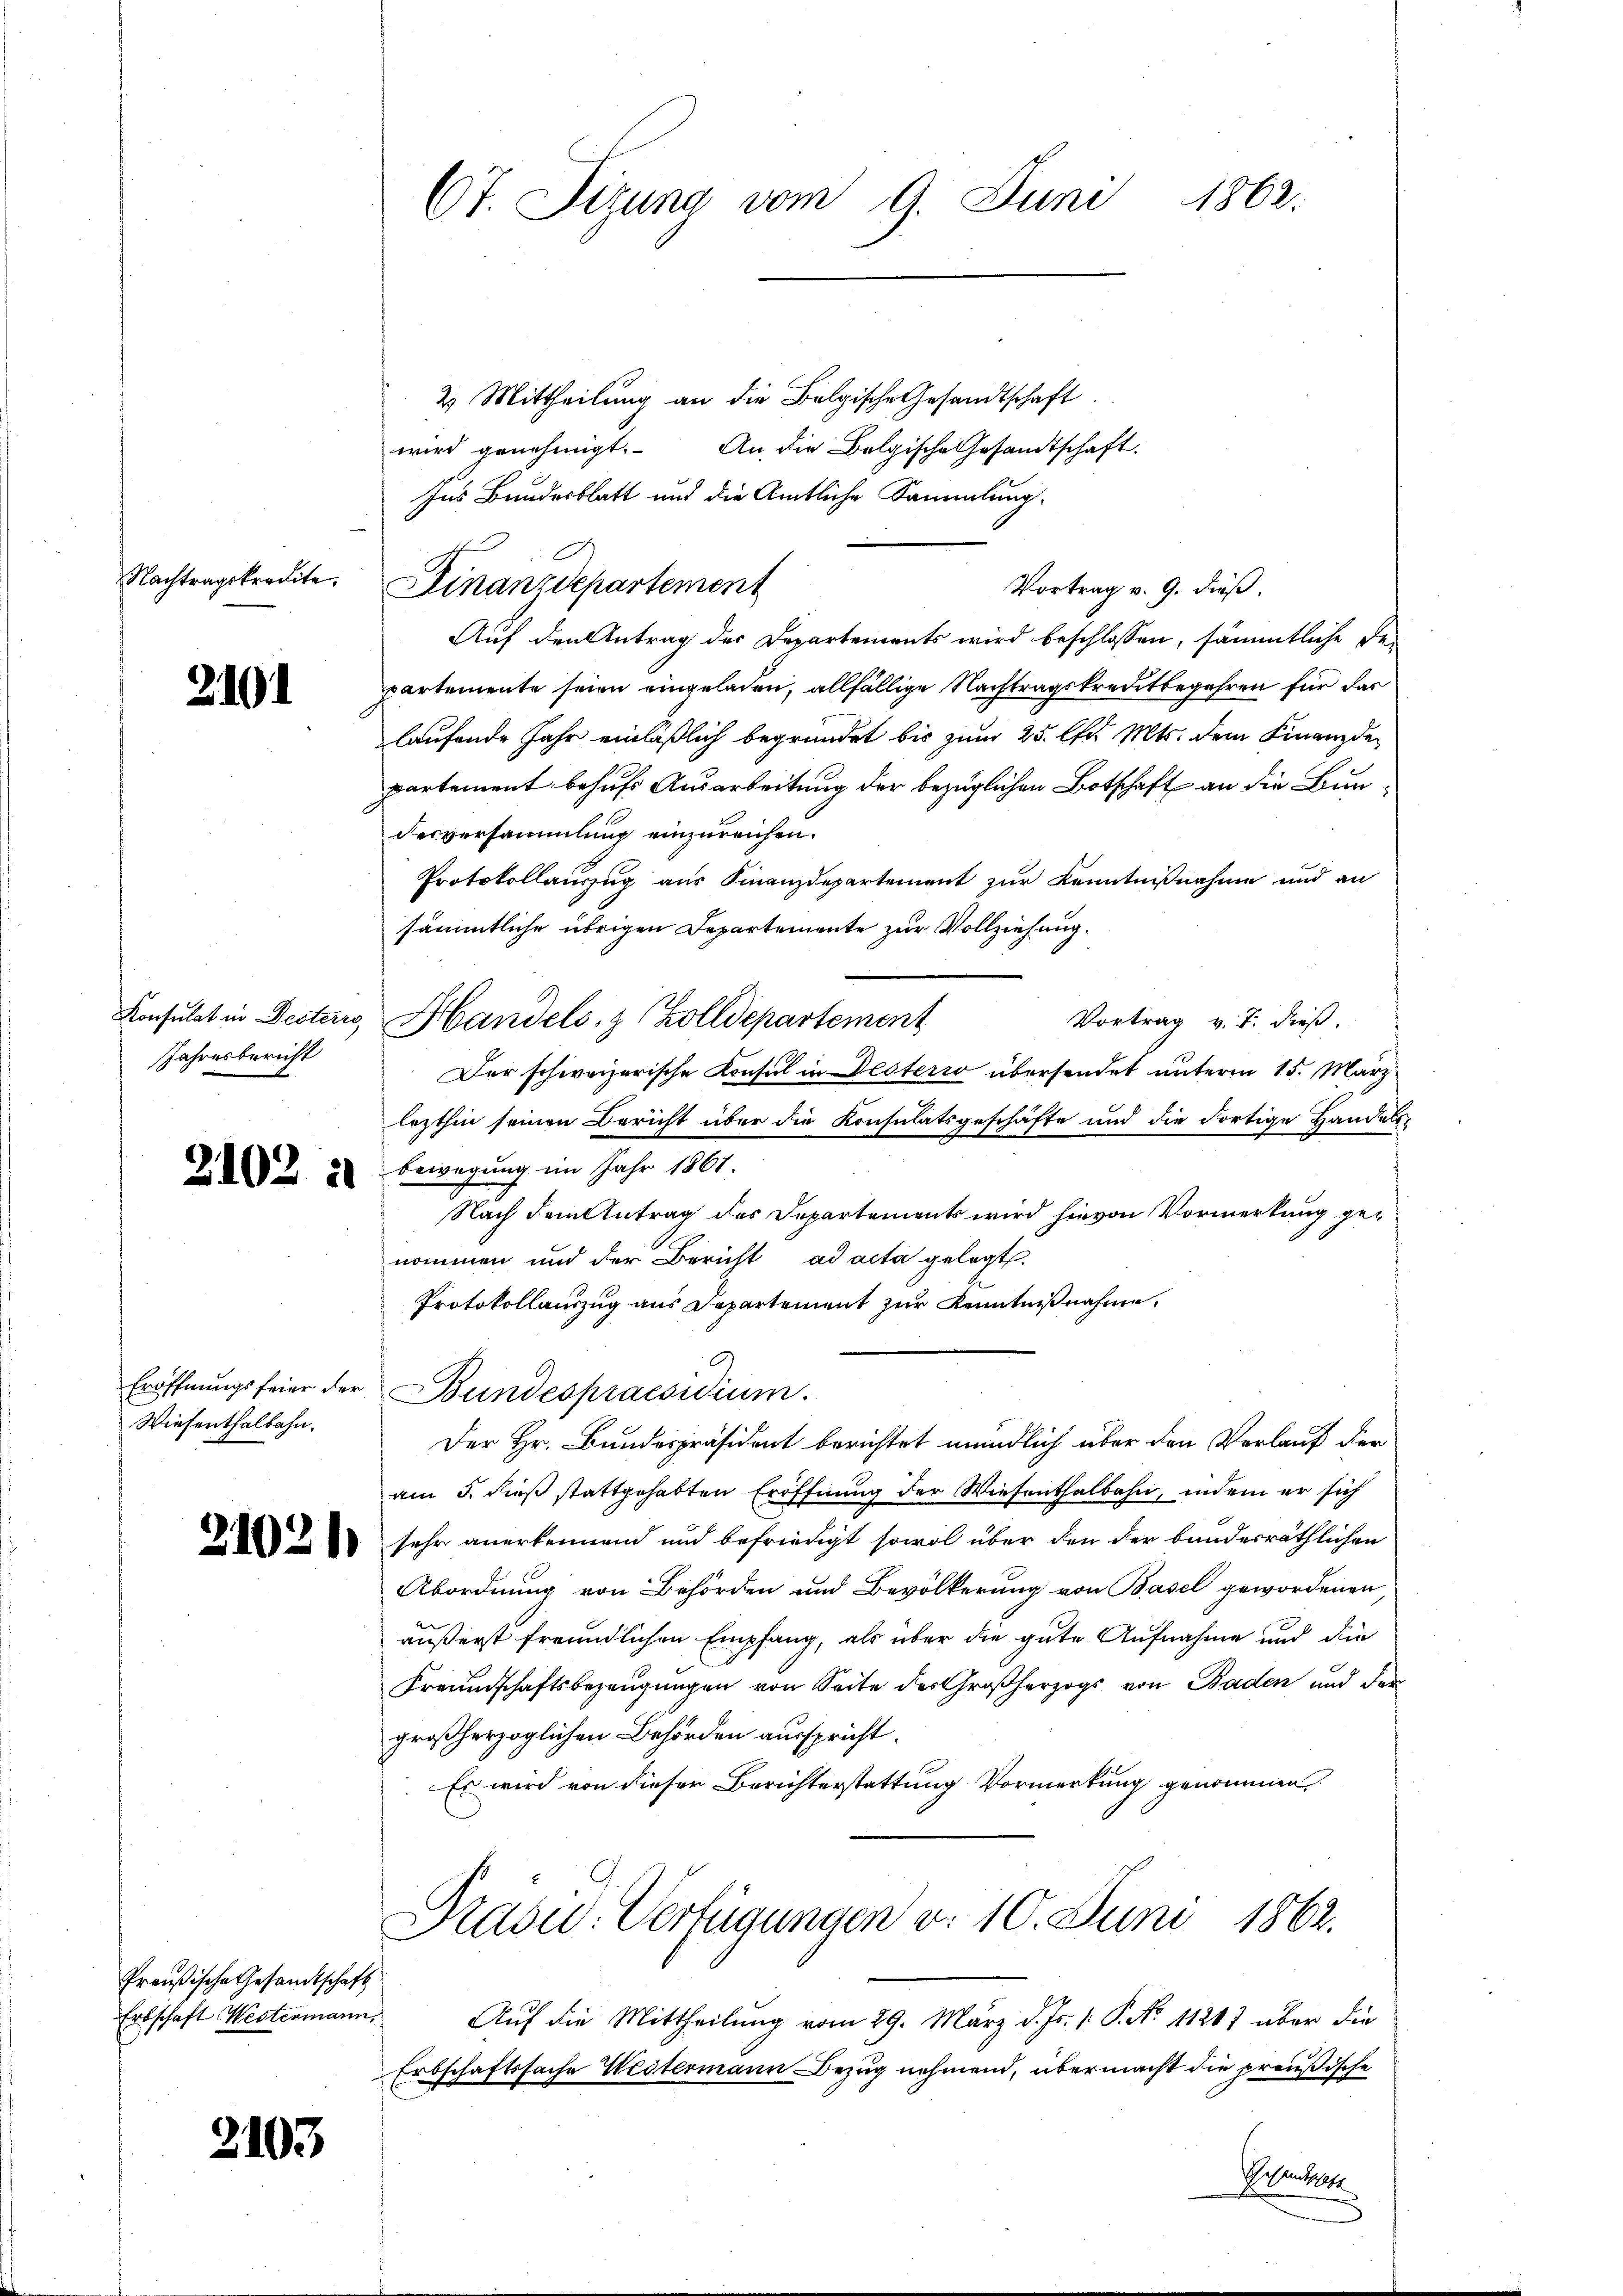
Nachtragskredite.

2101

Jahresbericht

2102

Wiesenthalbahn.

Preußische Gesandtschaft

2103

1862.
Ot. Sitzung vom 9. Juni

2. Mittheilung an die Belgische Gesandtschaft
wird genehmigt. An die Belgische Gesandtschaft.
Ins Bundesblatt und die Amtliche Sammlung.
Vortrag v. 9. dieß.
Auf den Antrag der Departements wird beschlossen, sämmtliche De-
partemente seien eingeladen, allfällige Nachtragskreditbegehren für das
laufende Jahr einläßlich begründet bis zum 25. Chr. Mts. dem Finanzde
partement behufs Ausarbeitung der bezüglichen Botschaft an die Bundesversammlung einzureichen.
Protokollauszug aus Finanzdepartement zur Kenntnißnahme und an
sämmtliche übrigen Departemente zur Vollziehung.
Konsulat in Desters, Handels- & Zolldepartement
Vortrag v. 7. dieß.
Der schweizerische Konsul in Desterio übersendet unterm 15. März
lezthin seinen Bericht über die Konsulatsgeschäfte und die dortige Handels-
Bewegung im Jahr 1861.
Nach dem Antrag des Departements wird hievon Vormerkung genommen und der Bericht ad acta gelegt.
Protokollauszug aus Departement zur Kenntnißnahme.
Eröffnŭngsfeier der Bundespraesidium.
Der Hr. Bundespräsident berichtet mündlich über den Verlauf der
am 5. dieß stattgehabten Eröffnung der Wiesenthalbahn, indem er sich
  sehr anerkennend und befriedigt sowol über den der banderräthlichen
Abordnung von Behörden und Bevölkerung von Basel gewordenen,
äußerst freundlichen Empfang, als über die gute Aufnahme und die
Freundschaftsbezeugungen von Seite des Großherzogs von Baden und der
großherzoglichen Behörden ausspricht.
Es wird von dieser Berichterstattung Vormerkung genommen
Präsid.-Verfügungen d. 10. Juni 1862.
Ertschaft Westermann. Auf die Mittheilung vom 29. März d. Js. v. P. No 11247 über die
Erbschaftssache Westermann Bezug nehmend, übermacht die preußische
Prentschaft

Finanzdepartement